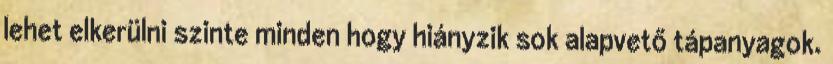
lehet elkerülni szinte minden hogy hiányzik sok alapvető tápanyagok.